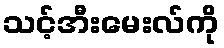
သင့်အီးမေးလ်ကို